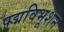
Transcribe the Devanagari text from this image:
पद्मविभूशन